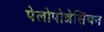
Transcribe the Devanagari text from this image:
पेलोपोन्नेसिंयन